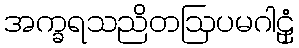
အက္ခရသညိတဩပမဂါဠှံ